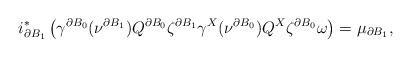
LaTeX: \begin{align*}i_{\partial B_1}^*\left(\gamma^{\partial B_0}(\nu^{\partial B_1})Q^{\partial B_0}\zeta^{\partial B_1}\gamma^{X}(\nu^{\partial B_0})Q^{X}\zeta^{\partial B_0}\omega\right)=\mu_{\partial B_1},\end{align*}